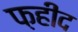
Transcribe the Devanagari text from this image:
फ़हीद